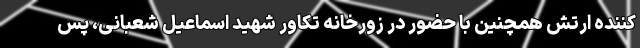
کننده ارتش همچنین با حضور در زورخانه تکاور شهید اسماعیل شعبانی، پس